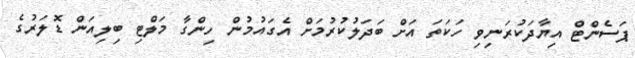
ޕަސެންޓް އިޔާދަކުރަނިވި ހަކަތަ އަށް ބަދަލުކުރުމަށް އެގައުމުން ހިންގާ މަލްޓި ބިލިއަން ޑޮލަރުގެ